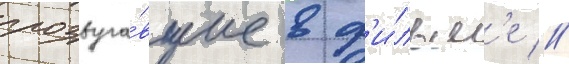
прозвуча́вшие в ф'и́льм'е //